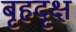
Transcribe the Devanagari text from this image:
बृहदृक्ष